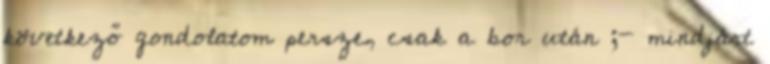
következő gondolatom persze, csak a bor után ;- mindjárt